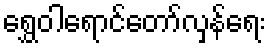
ရွှေဝါရောင်တော်လှန်ရေး